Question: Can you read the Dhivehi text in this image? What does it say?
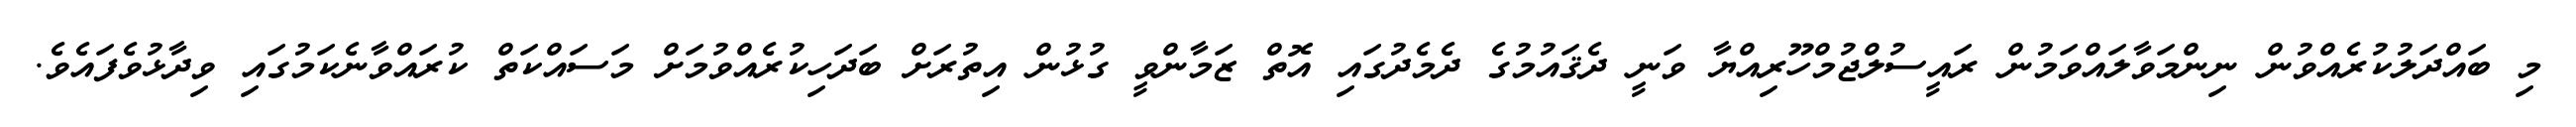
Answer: މި ބައްދަލުކުރެއްވުން ނިންމަވާލައްވަމުން ރައީސުލްޖުމްހޫރިއްޔާ ވަނީ ދެޤައުމުގެ ދެމެދުގައި އޮތް ޒަމާންވީ ގުޅުން އިތުރަށް ބަދަހިކުރެއްވުމަށް މަސައްކަތް ކުރައްވާނެކަމުގައި ވިދާޅުވެފައެވެ.